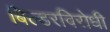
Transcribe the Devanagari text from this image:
बिल्डरविरोधी